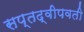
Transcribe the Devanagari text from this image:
सप्तद्वीपवती